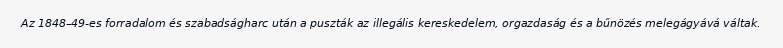
Az 1848–49-es forradalom és szabadságharc után a puszták az illegális kereskedelem, orgazdaság és a bűnözés melegágyává váltak.